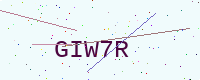
Text: GIW7R